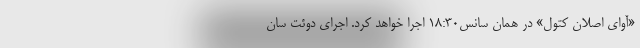
«آوای اصلان کتول» در همان سانس۱۸:۳۰ اجرا خواهد کرد. اجرای دوئت سان